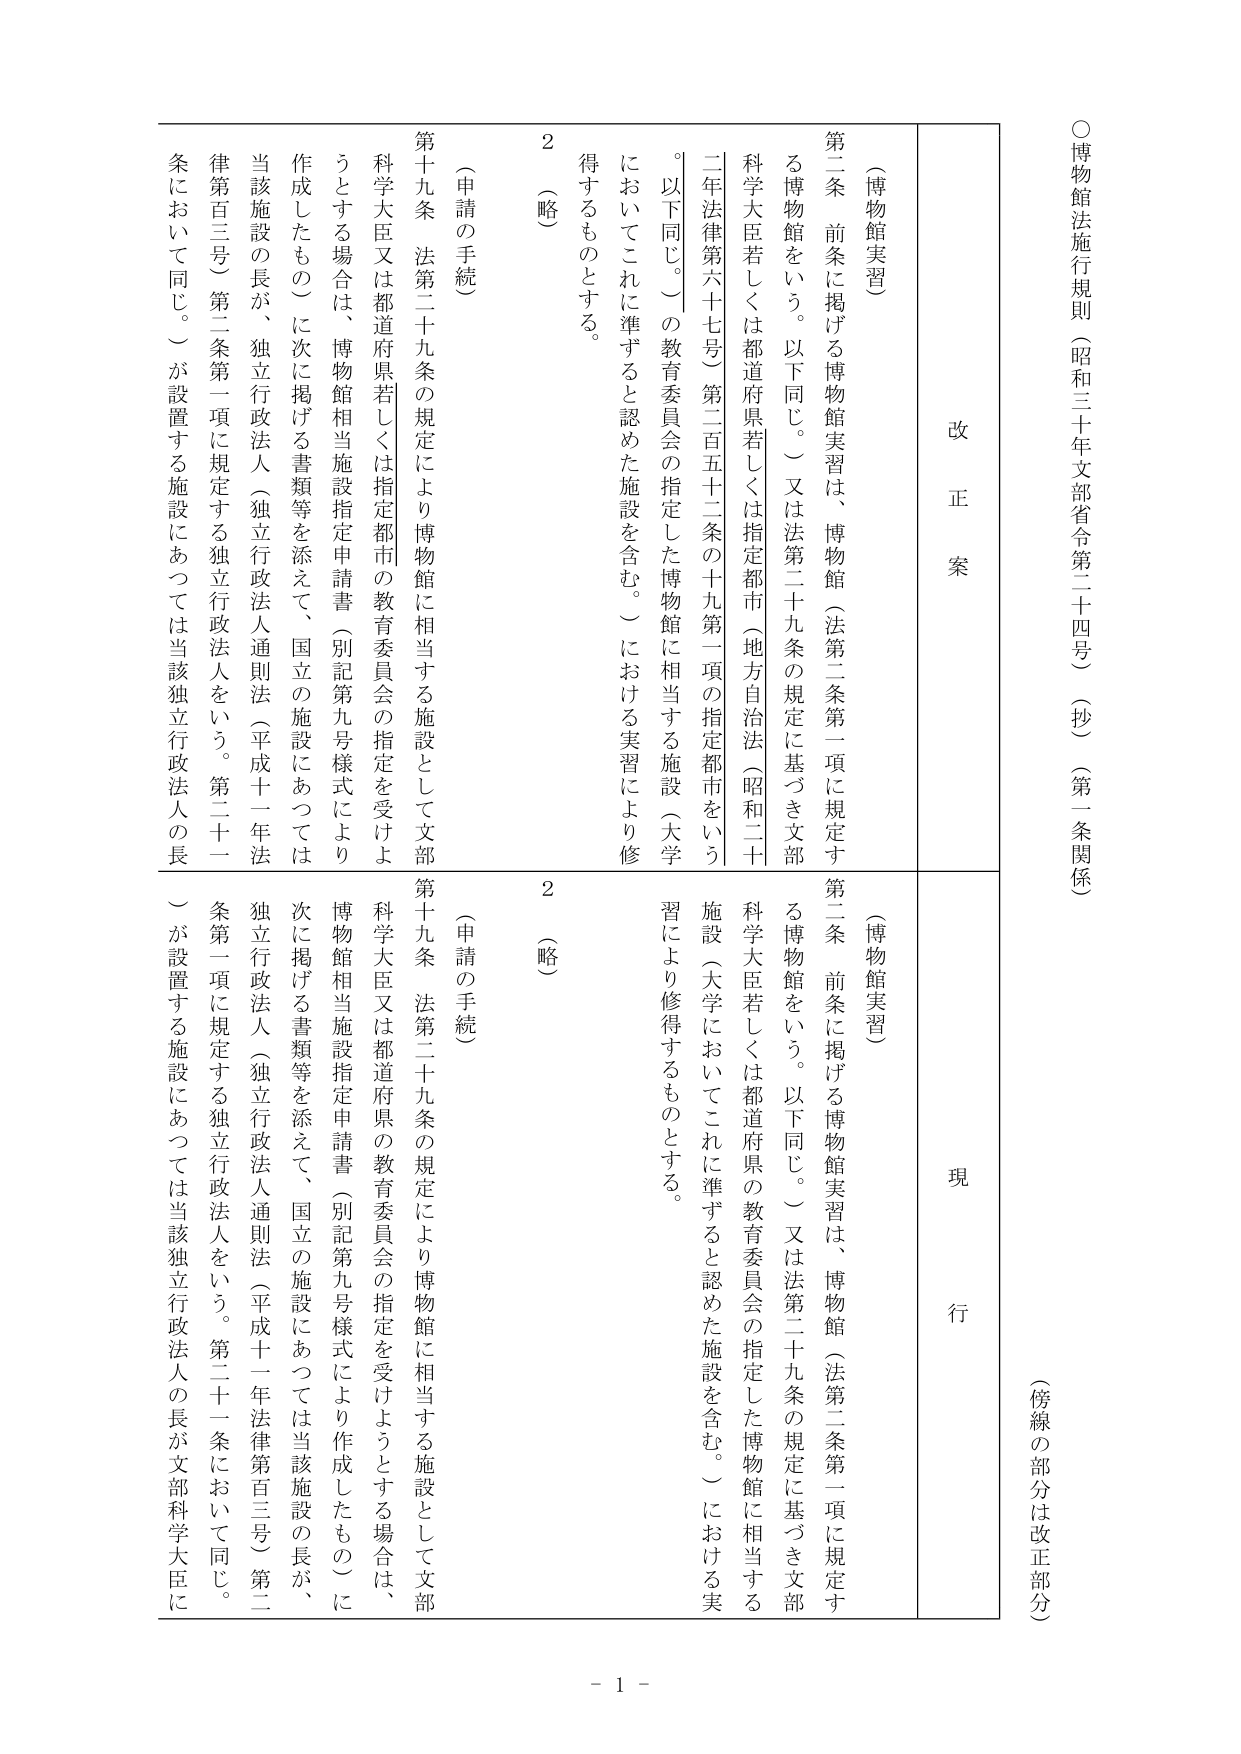
○博物館法施行規則（昭和三十年文部省令第二十四号）（抄）（第一条関係）
（傍線の部分は改正部分）

改正案
現行

（博物館実習）
第二条 前条に掲げる博物館実習は、博物館（法第二条第一項に規定する博物館をいう。以下同じ。）又は法第二十九条の規定に基づき文部科学大臣若しくは都道府県若しくは指定都市（地方自治法（昭和二十年法律第六十七号）第二百五十二条の十九第一項の指定都市をいう。以下同じ。）の教育委員会の指定した博物館に相当する施設（大学においてこれに準ずると認めた施設を含む。）における実習により修得するものとする。

（申請の手続）
第十九条 法第二十九条の規定により博物館に相当する施設として文部科学大臣又は都道府県若しくは指定都市の教育委員会の指定を受けようとする場合は、博物館相当施設指定申請書（別記第九号様式により作成したもの）に次に掲げる書類等を添えて、国立の施設にあっては当該施設の長が、独立行政法人（独立行政法人通則法（平成十一年法律第百三号）第二条第一項に規定する独立行政法人をいう。第二十一条において同じ。）が設置する施設にあっては当該独立行政法人の長に

2（略）

（博物館実習）
第二条 前条に掲げる博物館実習は、博物館（法第二条第一項に規定する博物館をいう。以下同じ。）又は法第二十九条の規定に基づき文部科学大臣若しくは都道府県の教育委員会の指定した博物館に相当する施設（大学においてこれに準ずると認めた施設を含む。）における実習により修得するものとする。

（申請の手続）
第十九条 法第二十九条の規定により博物館に相当する施設として文部科学大臣又は都道府県の教育委員会の指定を受けようとする場合は、博物館相当施設指定申請書（別記第九号様式により作成したもの）に次に掲げる書類等を添えて、国立の施設にあっては当該施設の長が、独立行政法人（独立行政法人通則法（平成十一年法律第百三号）第二条第一項に規定する独立行政法人をいう。第二十一条において同じ。）が設置する施設にあっては当該独立行政法人の長が文部科学大臣に

2（略）

- 1 -